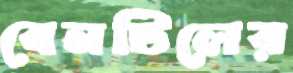
বেনটিলের